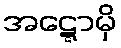
အဋ္ဋောမှိ